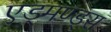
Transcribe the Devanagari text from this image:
एड्मण्ड्स